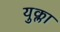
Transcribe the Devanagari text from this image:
युक्ला